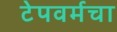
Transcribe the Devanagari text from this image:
टेपवर्मचा